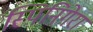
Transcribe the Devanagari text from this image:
स्पिनिगेरा